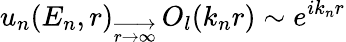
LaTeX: u_{n}(E_{n},r)_{\overrightarrow{\small{r\rightarrow\infty}}}\, O_{l}(k_{n}r)\sim e^{ik_{n}r}